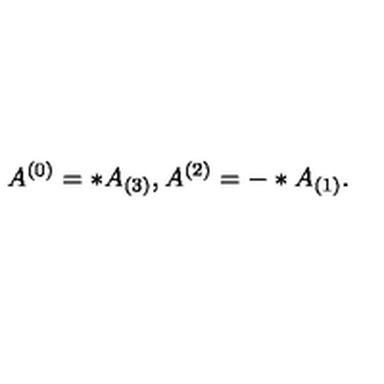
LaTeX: A ^ { ( 0 ) } = * A _ { ( 3 ) } , A ^ { ( 2 ) } = - * A _ { ( 1 ) } .